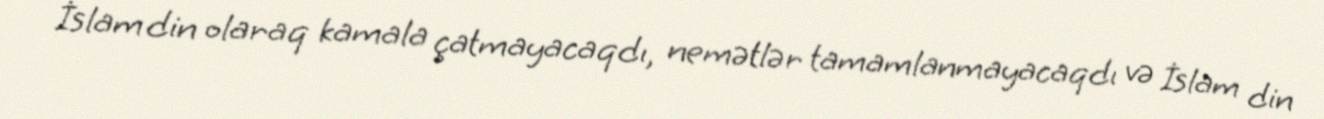
İslam din olaraq kamala çatmayacaqdı, nemətlər tamamlanmayacaqdı və İslam din